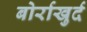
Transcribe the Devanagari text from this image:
बोर्राखुर्द